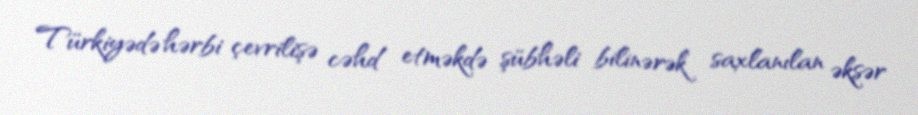
Türkiyədə hərbi çevrilişə cəhd etməkdə şübhəli bilinərək saxlanılan əksər